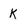
Character: K